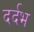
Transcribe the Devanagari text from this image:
दर्दभ